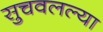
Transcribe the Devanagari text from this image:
सुचवलल्या